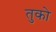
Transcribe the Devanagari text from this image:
तुको